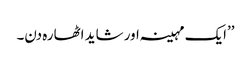
’’ایک مہینہ اور شاید اٹھارہ دن۔